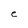
Character: e